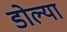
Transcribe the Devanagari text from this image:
डोल्या